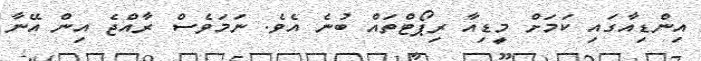
އިންޑިއާގައި ކަމަށް މީޑިއާ ރިޕޯޓްތައް ބުނެ އެވެ. ނަމަވެސް ރާއްޖެ އިން އޭނާ